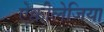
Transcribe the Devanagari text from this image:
ऐक्वीलेजिया